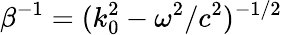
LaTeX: \beta^{-1}=(k_{0}^{2}-\omega^{2}/c^{2})^{-1/2}